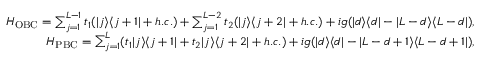
\begin{array} { r l r } & { } & { H _ { \mathrm { O B C } } = \sum _ { j = 1 } ^ { L - 1 } t _ { 1 } ( | j \rangle \langle j + 1 | + h . c . ) + \sum _ { j = 1 } ^ { L - 2 } t _ { 2 } ( | j \rangle \langle j + 2 | + h . c . ) + i g ( | d \rangle \langle d | - | L - d \rangle \langle L - d | ) , } \\ & { } & { H _ { \mathrm { P B C } } = \sum _ { j = 1 } ^ { L } ( t _ { 1 } | j \rangle \langle j + 1 | + t _ { 2 } | j \rangle \langle j + 2 | + h . c . ) + i g ( | d \rangle \langle d | - | L - d + 1 \rangle \langle L - d + 1 | ) , } \end{array}